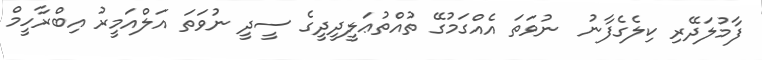
ފާމުލަދޭރި ކިލެގެފާނު  ނުވަތަ އެއްގަމުގޭ ތުއްތުޢަލީދީދީގެ ސީދީ ނުވަތަ އަލްއަމީރު އިބްރާހީމް